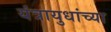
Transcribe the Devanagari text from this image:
यंत्रायुधांच्या